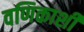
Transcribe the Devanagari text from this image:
वणिकाशी